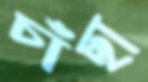
চাঁছা